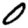
Digit: 0